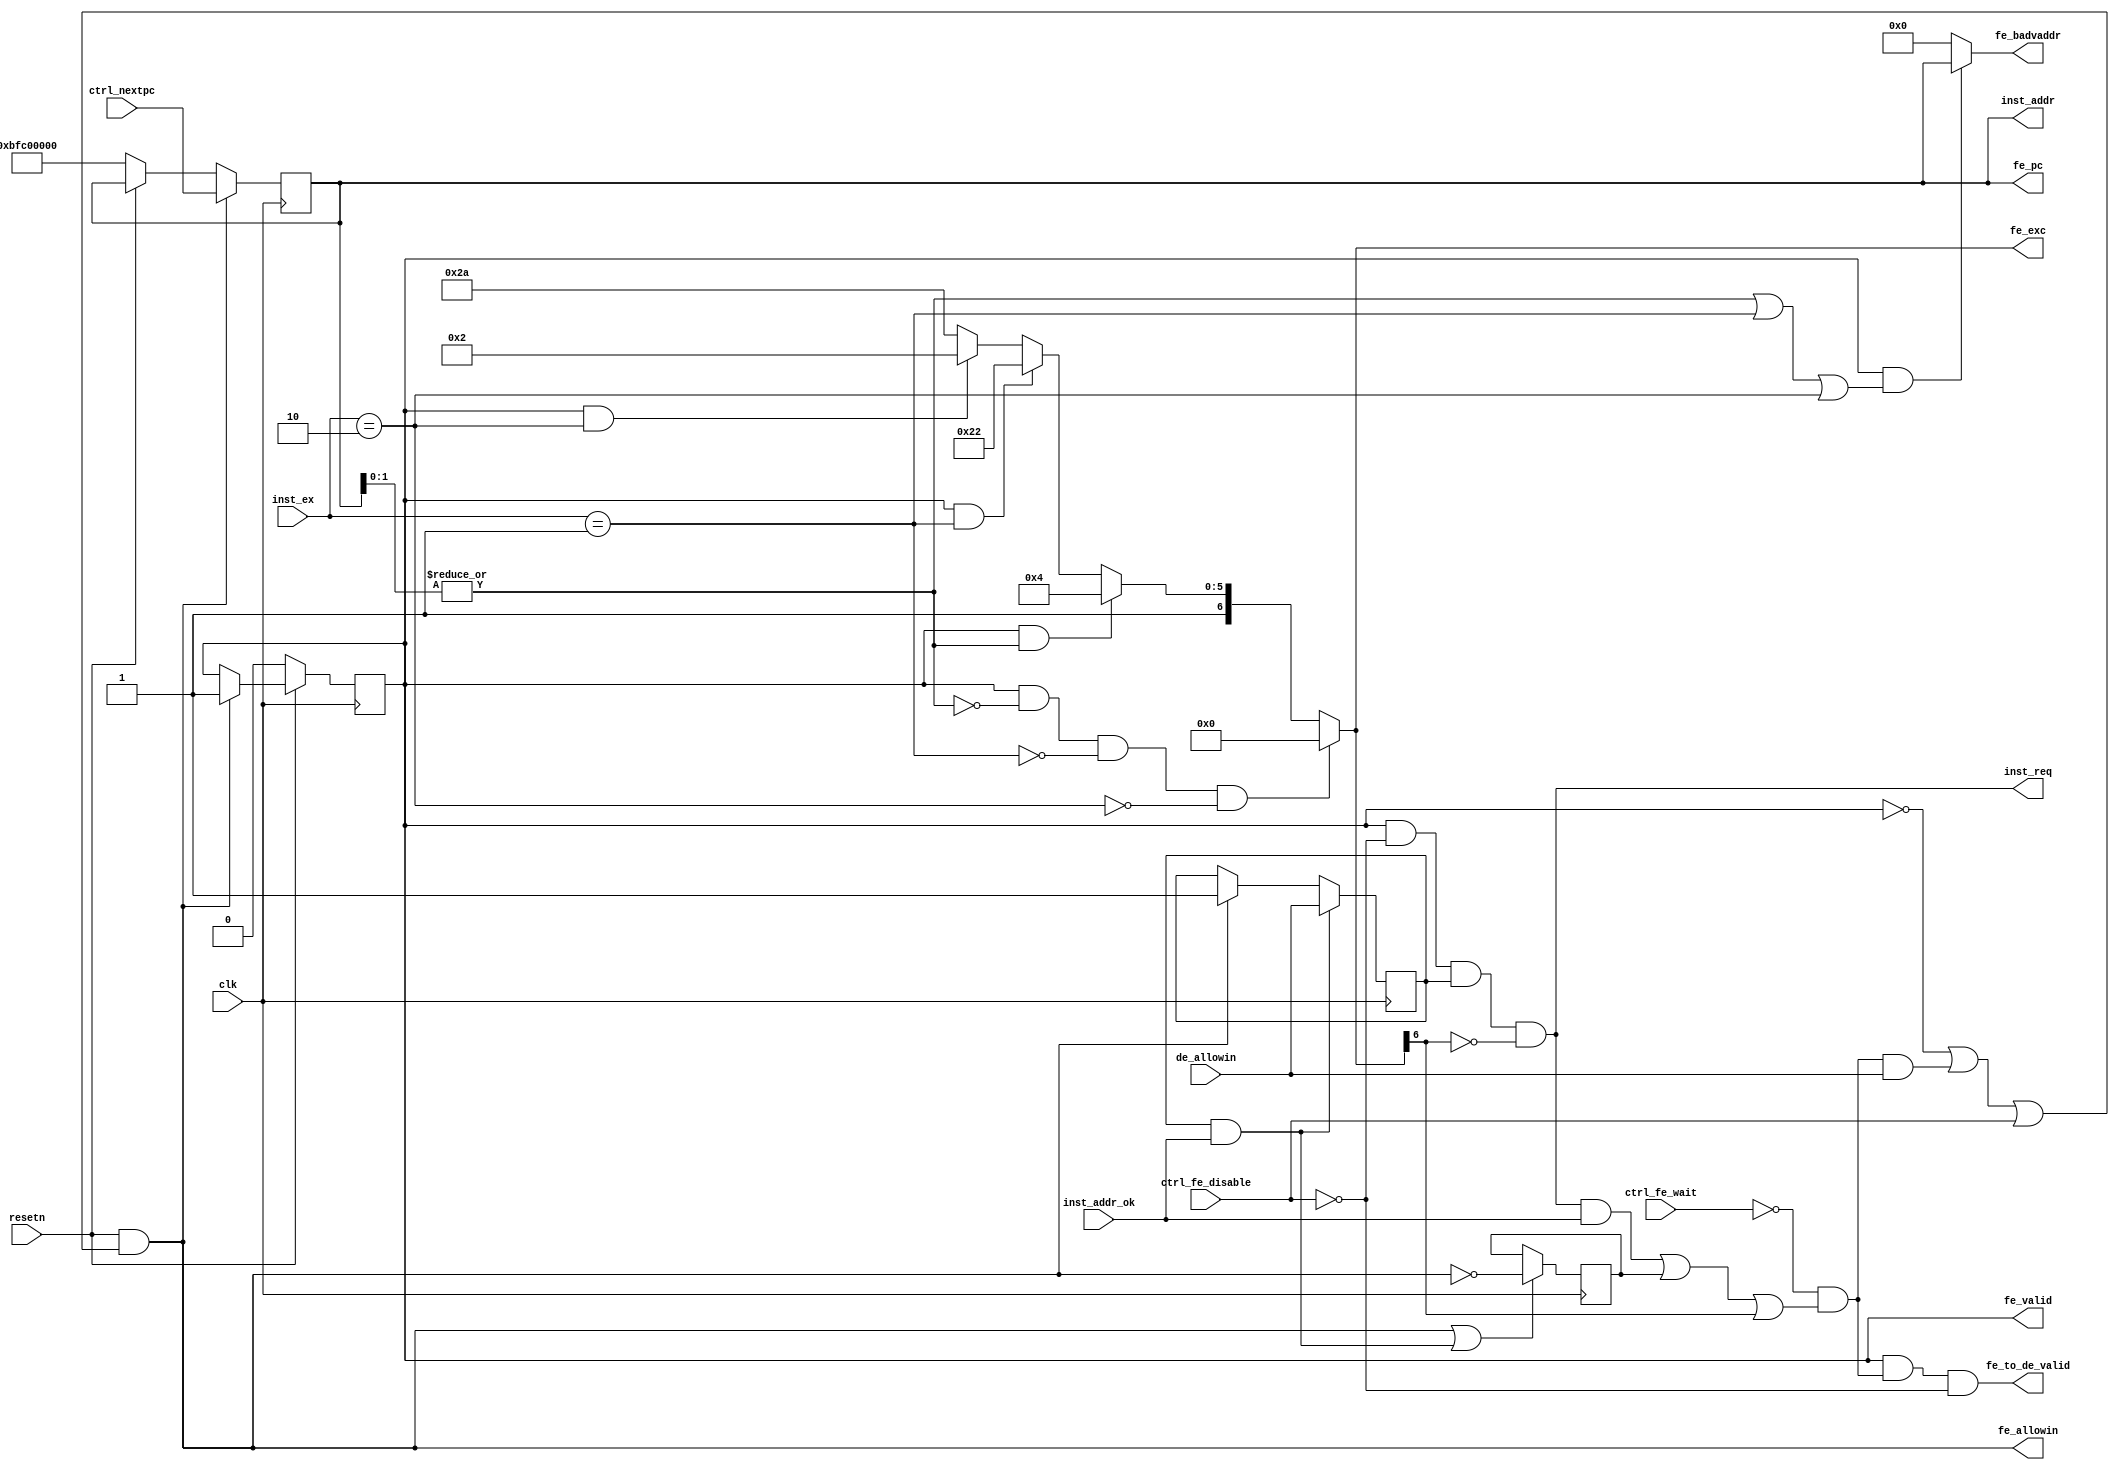
module fetch_stage(
    input  wire        clk,
    input  wire        resetn,

    input  wire [31:0] ctrl_nextpc,
    output wire        inst_req,
    output wire [31:0] inst_addr,
    input  wire [ 1:0] inst_ex,
    input  wire        inst_addr_ok,

    output reg  [31:0] fe_pc,
    output reg  [ 6:0] fe_exc,
    output wire [31:0] fe_badvaddr,

    output reg         fe_valid,
    output wire        fe_allowin,
    output wire        fe_to_de_valid,
    input  wire        de_allowin,

    input  wire        ctrl_fe_wait,
    input  wire        ctrl_fe_disable
);

wire        fe_ready_go;
wire        AdEL;
wire        TLBL_Refill;
wire        TLBL_Invalid;
reg         inst_req_r;
reg         inst_addr_ok_r;

always @(posedge clk) begin
    if(!resetn) begin
        fe_pc          <= 32'hbfc00000;
        fe_valid       <= 1'b0;
    end
    else if (fe_allowin) begin
        fe_valid       <= 1'b1;
    end
    if(fe_allowin) begin
        fe_pc          <= ctrl_nextpc;
        inst_req_r     <= 1'b1;
    end
    if(inst_req_r && inst_addr_ok) begin
        inst_req_r     <= de_allowin;
    end
    if(fe_allowin || inst_req_r && inst_addr_ok) begin
        inst_addr_ok_r <= !fe_allowin;
    end
end

always @(*) begin
    if(fe_valid && !AdEL && !TLBL_Refill && !TLBL_Invalid)
        fe_exc = 7'd0;
    else if(fe_valid && AdEL)
        fe_exc = 7'b10_00100;
    else if(fe_valid && TLBL_Refill)
        fe_exc = 7'b11_00010;
    else if(fe_valid && TLBL_Invalid)
        fe_exc = 7'b10_00010;
    else
        fe_exc = 7'd11_00010;
end

// assign fe_pc          = ctrl_nextpc;
assign inst_req       = fe_valid && !ctrl_fe_disable && inst_req_r && !fe_exc[6];
assign inst_addr      = fe_pc;

assign AdEL           = |fe_pc[1:0];
assign TLBL_Refill    = (inst_ex == 2'b01);
assign TLBL_Invalid   = (inst_ex == 2'b10);
assign fe_badvaddr    = fe_valid && (AdEL || TLBL_Refill || TLBL_Invalid) ? fe_pc : 32'd0;

assign fe_ready_go    = !ctrl_fe_wait && ((inst_req && inst_addr_ok || inst_addr_ok_r) || fe_exc[6]);
assign fe_allowin     = resetn && (!fe_valid || fe_ready_go && de_allowin || ctrl_fe_disable);
assign fe_to_de_valid = fe_valid && fe_ready_go && (!ctrl_fe_disable);

endmodule